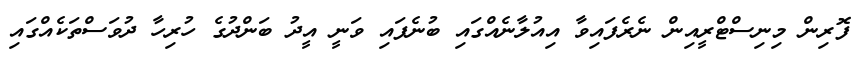
ފޮރިން މިނިސްޓްރީއިން ނެރެފައިވާ އިއުލާނެއްގައި ބުނެފައި ވަނީ އީދު ބަންދުގެ ހުރިހާ ދުވަސްތަކެއްގައި